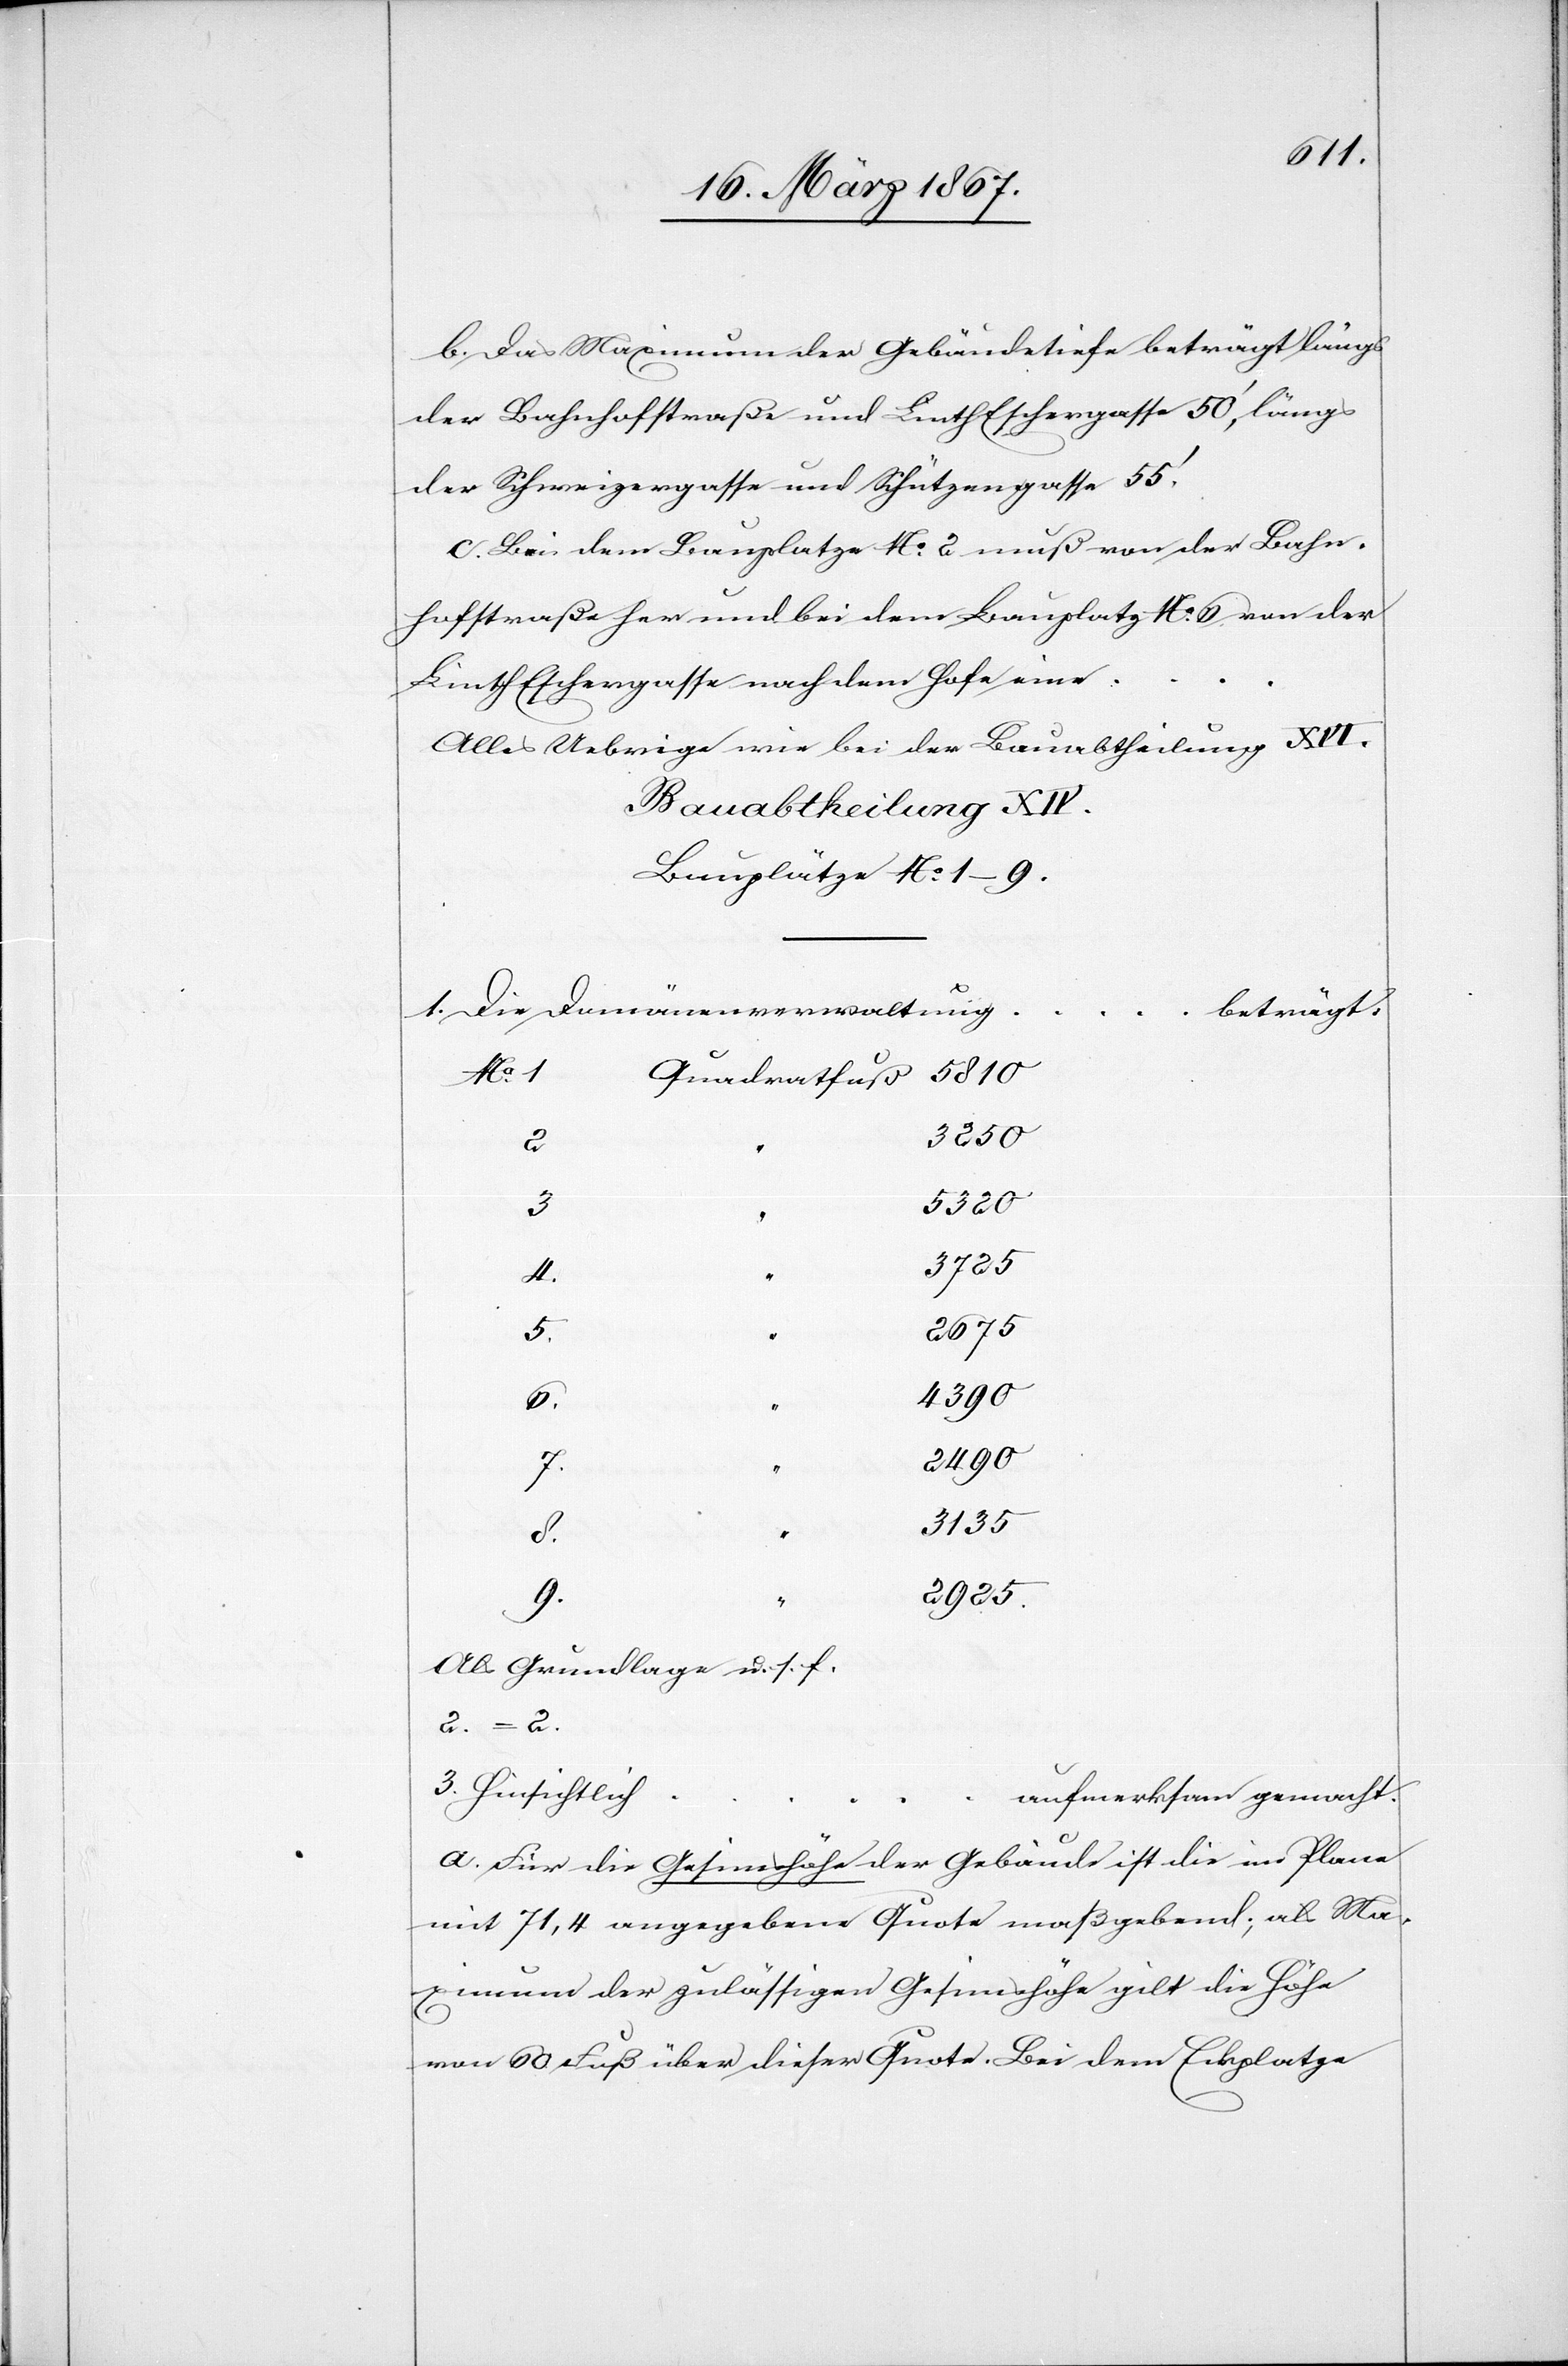
b.	Das Maximum der Gebäudetiefe beträgt längs
der Bahnhofstraße und Linth Eschergasse 50’, längs
der Schweizergasse und Schützengasse 55’.
c.	Bei dem Bauplatze No. 2 muß von der Bahn¬
hofstraße her und bei dem Bauplatz No. 6 von der
Linth Eschergasse nach dem Hofe eine …
Alles übrige wie bei der Bauabtheilung XVI.
Bauabtheilung XIV.
Bauplätze No. 1–9.
1. Die Domänenverwaltung
“
… beträgt.
No. 1
3250
3
5320
4
3725
2675
4390
2490
3135
Als Grundlage u. s. f.
2. = 2.
3. Hinsichtlich
… aufmerksam gemacht.
a.	Für die Gesimshöhe der Gebäude ist die im Plane
mit 71,4 angegebene Quote maßgebend; als Ma¬
ximum der zulässigen Gesimshöhe gilt die Höhe
von 60 Fuß über dieser Quote. Bei dem Eckplatze